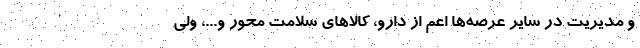
و مدیریت در سایر عرصه‌ها اعم از دارو، کالاهای سلامت محور و...، ولی